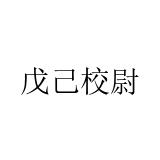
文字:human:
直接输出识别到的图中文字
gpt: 戊己校尉